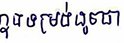
ក្នុងទម្រង់ដូចជា